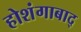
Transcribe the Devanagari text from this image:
होशंगाबाद्